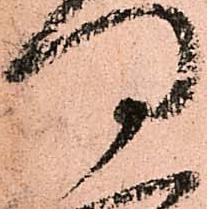
門